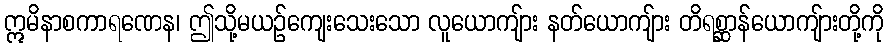
ဣမိနာစကာရဏေန၊ ဤသို့မယဉ်ကျေးသေးသော လူယောကျ်ား နတ်ယောကျ်ား တိရစ္ဆာန်ယောကျ်ားတို့ကို